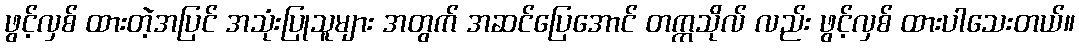
ဖွင့်လှစ် ထားတဲ့အပြင် အသုံးပြုသူများ အတွက် အဆင်ပြေအောင် တက္ကသိုလ် လည်း ဖွင့်လှစ် ထားပါသေးတယ်။